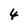
Character: 4